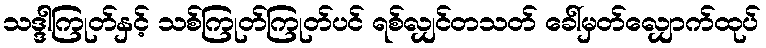
သဒ္ဒါကြုတ်နှင့် သစ်ကြုတ်ကြုတ်ပင် ရစ်လျှင်တသတ် ခေါ်မှတ်လျှောက်ထုပ်